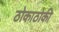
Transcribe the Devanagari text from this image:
ठोकाठोकी